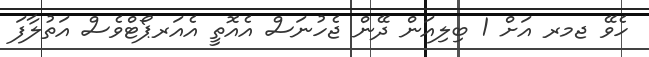
ހެވޭ ޖމރ އަށް 1 ބިލިއަން ދޭން ޖެހުނަސް އެއޮތީ އެއަރޕޯޓްވެސް އަތުލާފަ